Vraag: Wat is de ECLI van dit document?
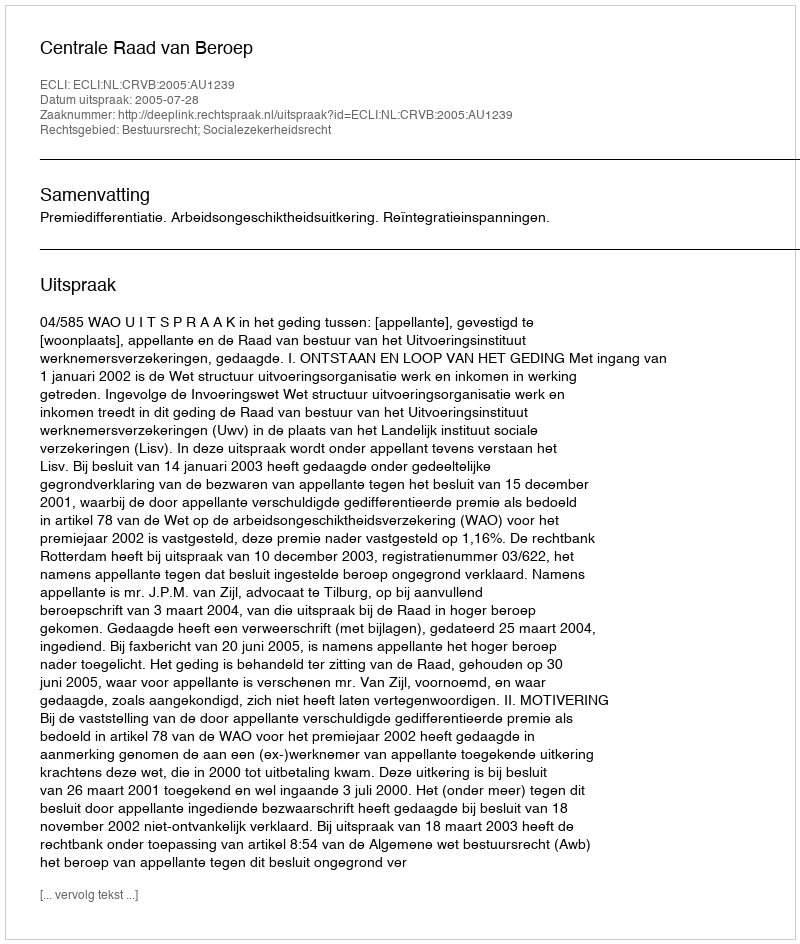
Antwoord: ECLI:NL:CRVB:2005:AU1239